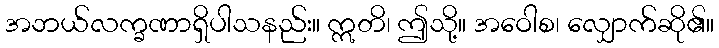
အဘယ်လက္ခဏာရှိပါသနည်း။ ဣတိ၊ ဤသို့။ အဝေါစ၊ လျှောက်ဆို၏။